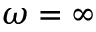
\omega = \infty